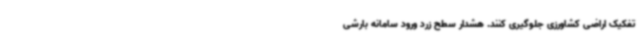
تفکیک اراضی کشاورزی جلوگیری کنند. هشدار سطح زرد ورود سامانه بارشی